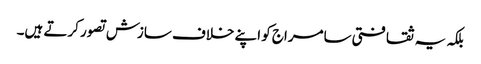
بلکہ یہ ثقافتی سامراج کو اپنے خلاف سازش تصور کرتے ہیں۔